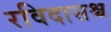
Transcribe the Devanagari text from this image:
रविदासश्च